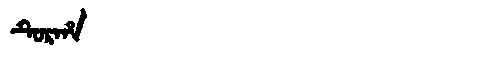
Manchu: ᡨᡠᡵᡥᠠ
Romanization: TURHA